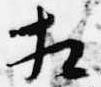
相